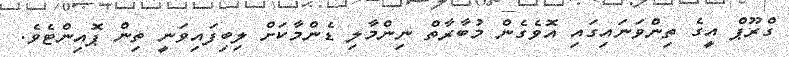
ގްރޫޕް އީގެ ތިންވަނައިގައި އޮވެގެން މުބާރާތް ނިންމާލި ޑެންމާކަށް ލިބިފައިވަނީ ތިން ޕޮއިންޓެވެ.